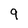
Character: 9